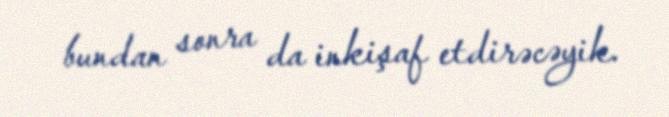
bundan sonra da inkişaf etdirəcəyik.